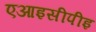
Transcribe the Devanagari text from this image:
एआइसीपीइ